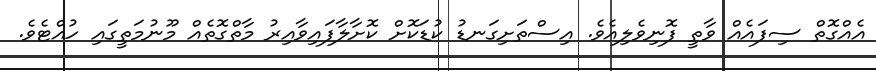
އެއްގޮތް ސިފައެއް ވާތީ ފޮނިވެލިއެވެ. އިސްތަށިގަނޑު ކުޑަކޮށް ކޮށާލާފައިވާއިރު މާތްގޮތެއް މޫނުމަތީގައި ހުއްޓެވެ.